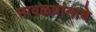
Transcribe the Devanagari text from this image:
मावळप्रांताचे